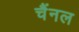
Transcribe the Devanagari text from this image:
चैंनल